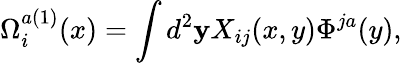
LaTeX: \Omega_{i}^{a(1)}(x)=\int d^{2}{\mathbf y}X_{ij}(x,y)\Phi^{ja}(y),